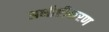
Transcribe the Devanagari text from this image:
अभीष्टीकरण